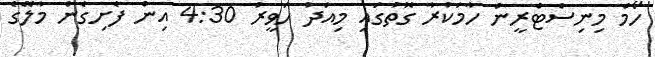
ހޯމް މިނިސްޓްރީން ހާމަކުރާ ގޮތުގައި މިއަދު ހަވީރު 4:30 އިން ފެށިގެން މާލޭގެ